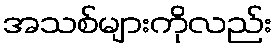
အသစ်များကိုလည်း